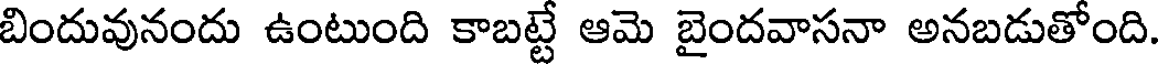
బిందువునందు ఉంటుంది కాబట్టే ఆమె బైందవాసనా అనబడుతోంది